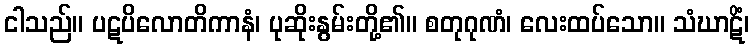
ငါသည်။ ပဋပိလောတိကာနံ၊ ပုဆိုးနွမ်းတို့၏။ စတုဂုဏံ၊ လေးထပ်သော။ သံဃာဋိံ၊